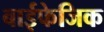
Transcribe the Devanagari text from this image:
बाईफेजिक